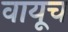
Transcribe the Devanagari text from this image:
वायूच